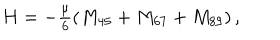
H = - \textstyle { \frac { \mu } { 6 } } ( M _ { 4 5 } + M _ { 6 7 } + M _ { 8 9 } ) \, ,